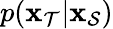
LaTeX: p(\mathbf{\boldsymbol{x}}_{\mathcal{T}}|\mathbf{\boldsymbol{x}}_{\mathcal{S}})